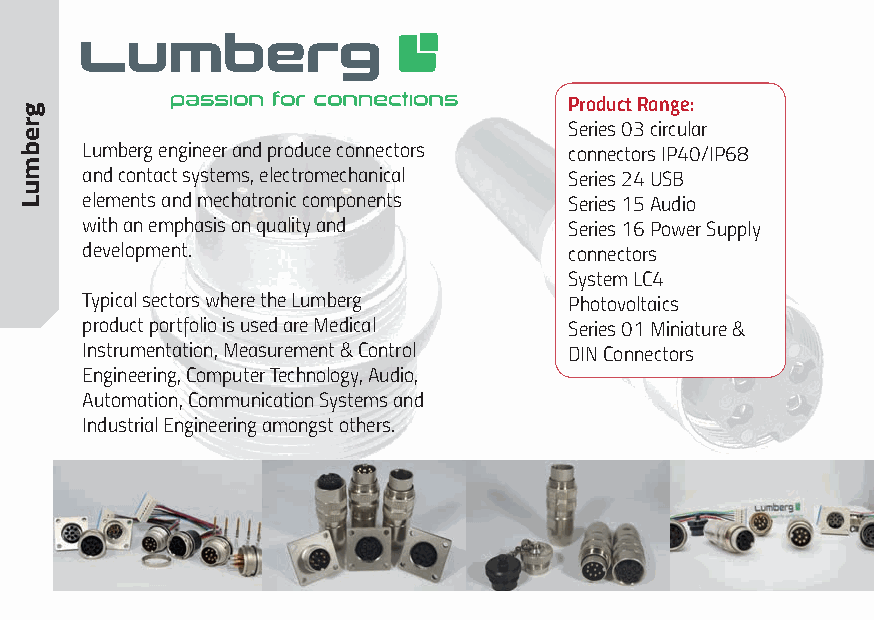
Product Range:
 Series 03 circular
 Lumberg engineer and produce connectors connectors IP40/IP68
 and contact systems, electromechanical Series 24 USB
 elements and mechatronic components Series 15 Audio
 with an emphasis on quality and  Series 16 Power Supply
 development.                     connectors
 System LC4
 Typical sectors where the Lumberg Photovoltaics
 product portfolio is used are Medical Series 01 Miniature &
 Instrumentation, Measurement & Control DIN Connectors
 Engineering, Computer Technology, Audio,
 Automation, Communication Systems and
 Industrial Engineering amongst others.
 grebmuL